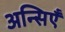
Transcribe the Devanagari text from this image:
अन्सिएँ